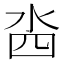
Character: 𣳉